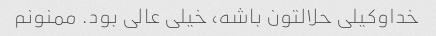
خداوکیلی حلالتون باشه، خیلی عالی بود. ممنونم